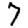
Digit: 7